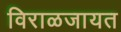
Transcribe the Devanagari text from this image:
विराळजायत